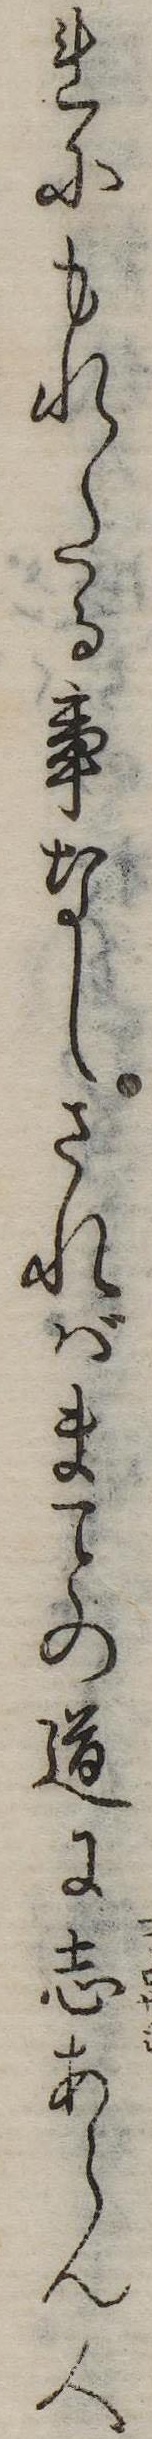
れにもれたる事なしさればまの道に志あらん人